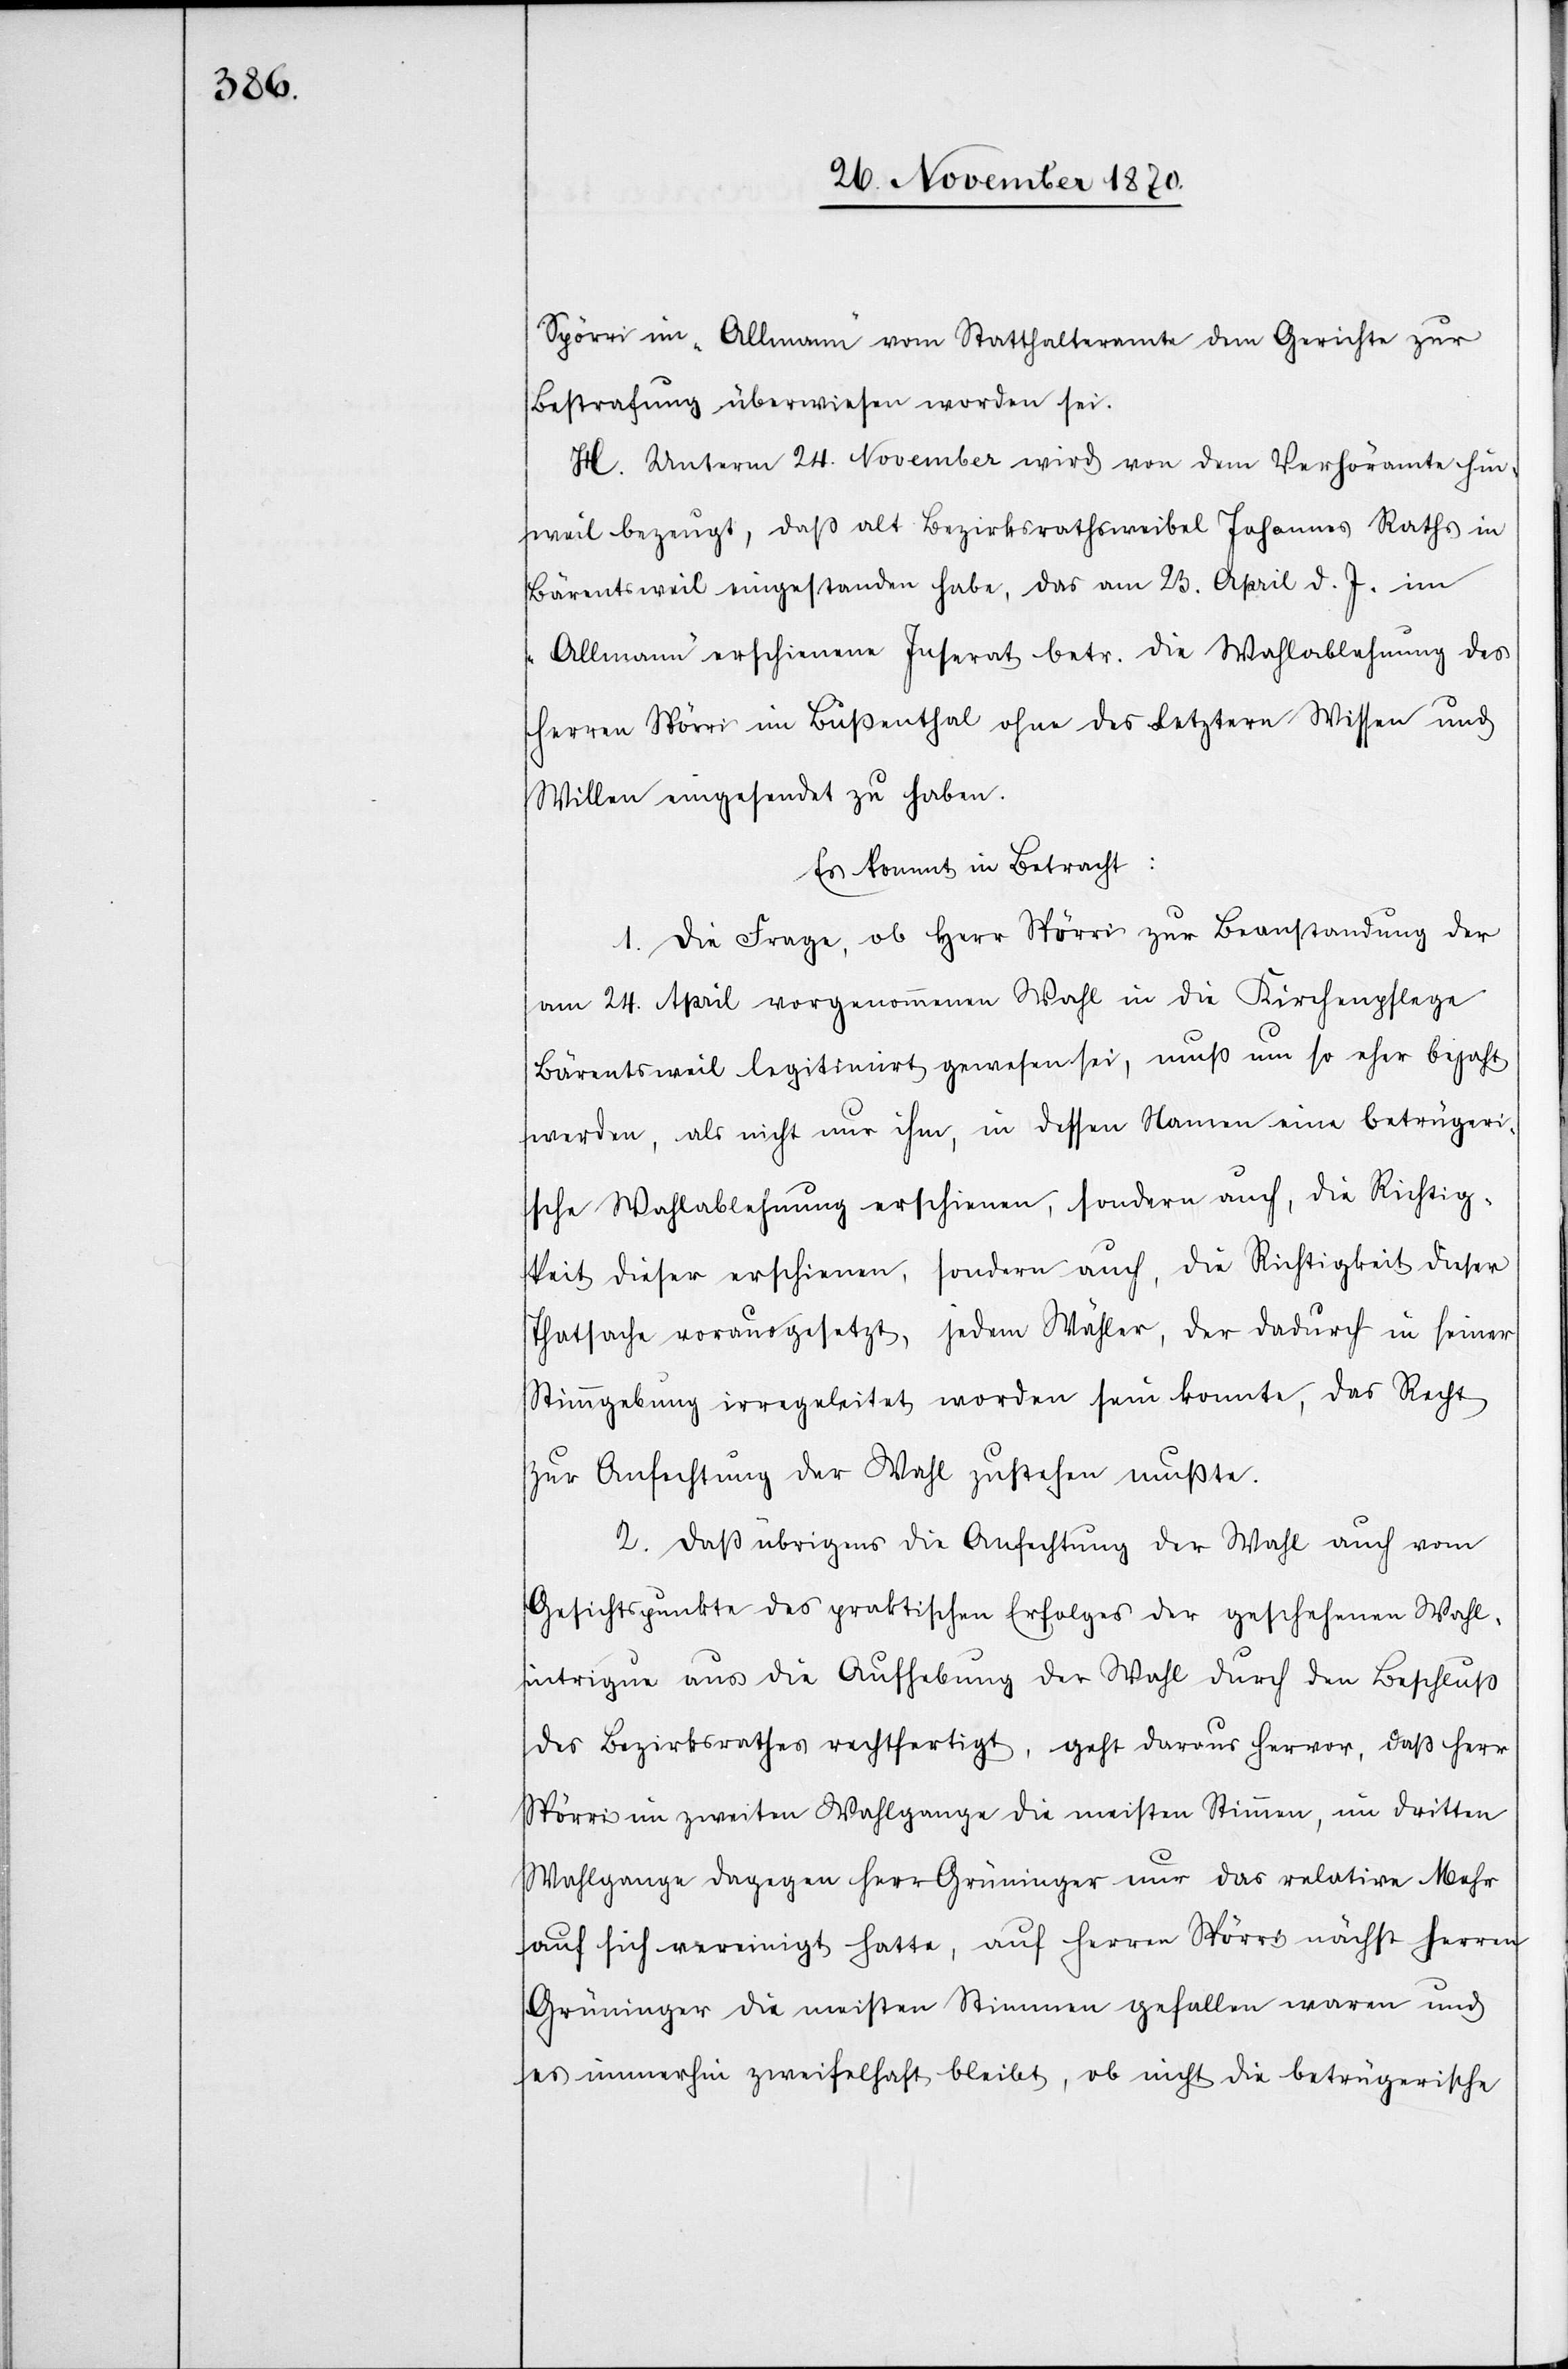
Spörri im „Allmann“ vom Statthalteramte dem Gerichte zur
Bestrafung überwiesen worden sei.
H. Unterm 24. November wird von dem Verhöramte Hin¬
weil bezeugt, daß alt Bezirksrathsweibel Johannes Raths in
Bärentsweil eingestanden habe, das am 23. April d. J. im
„Allmann“ erschienene Inserat betr. die Wahlablehnung des
Herren Spörri im Bußenthal ohne des letztern Wissen und
Willen eingesandt zu haben.
Es kommt in Betracht:
1. Die Frage, ob Herr Spörri zur Beantstandung der
am 24. April vorgenommen Wahl in die Kirchenpflege
Bärentsweil legitimirt gewesen sei, muß um so eher bejaht
werden, als nicht nur ihm, in dessen Namen eine betrügeri¬
sche Wahlablehnung erschienen, sondern auch, die Richtig¬
keit dieser erschienen, [sic!] sondern auch, die Richtigkeit dieser
Thatsache vorausgesetzt, jedem Wähler, der dadurch in seiner
Stimmgebung irregeleitet worden sein konnte, das Recht
zur Anfechtung der Wahl zustehen mußte.
2. Daß übrigens die Anfechtung der Wahl auch vom
Gesichtspunkte des praktischen Erfolges der geschehenen Wahl¬
intrigue aus die Aufhebung der Wahl durch den Beschluß
des Bezirksrathes rechtfertigt, geht daraus hervor, daß Herr
Spörri im zweiten Wahlgange die meisten Stimmen, im dritten
Wahlgange dagegen Herr Grüninger nur das relative Mehr
auf sich vereinigt hatte, auf Herren Spörri nächst Herren
Grüninger die meisten Stimmen gefallen waren und
es immerhin zweifelhaft bleibt, ob nicht die betrügerische